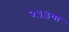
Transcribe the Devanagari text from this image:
२५३वा